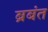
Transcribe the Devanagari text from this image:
ब्रबंत